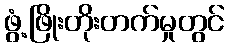
ဖွံ့ဖြိုးတိုးတက်မှုတွင်